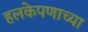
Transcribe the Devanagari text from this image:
हलकेपणाच्या